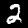
Digit: 2